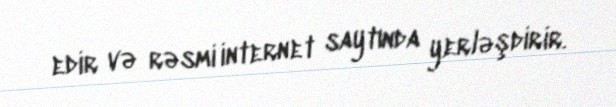
edir və rəsmi internet saytında yerləşdirir.